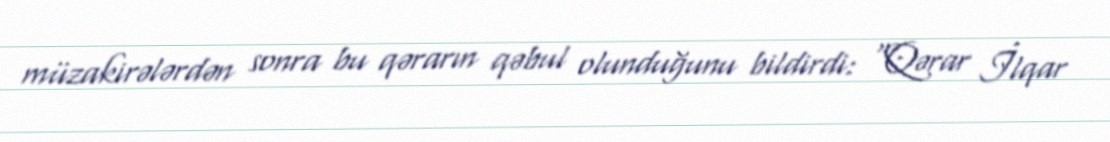
müzakirələrdən sonra bu qərarın qəbul olunduğunu bildirdi: “Qərar İlqar